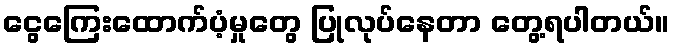
ငွေကြေးထောက်ပံ့မှုတွေ ပြုလုပ်နေတာ တွေ့ရပါတယ်။